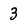
Character: 3